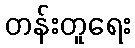
တန်းတူရေး